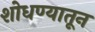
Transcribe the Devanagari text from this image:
शोधण्यातून